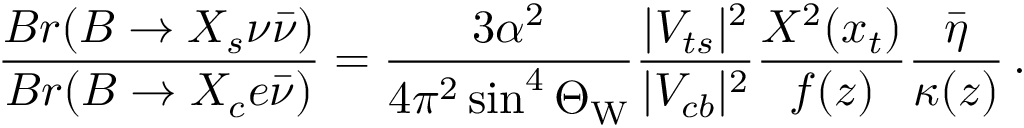
\frac { B r ( B \to X _ { s } \nu \bar { \nu } ) } { B r ( B \to X _ { c } e \bar { \nu } ) } = \frac { 3 \alpha ^ { 2 } } { 4 \pi ^ { 2 } \sin ^ { 4 } \Theta _ { \mathrm { W } } } \frac { | V _ { t s } | ^ { 2 } } { | V _ { c b } | ^ { 2 } } \frac { X ^ { 2 } ( x _ { t } ) } { f ( z ) } \frac { \bar { \eta } } { \kappa ( z ) } \, .